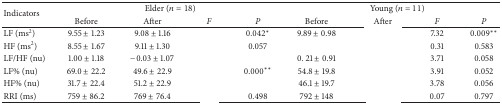
<table><thead><tr><td rowspan="2"><b>Indicators</b></td><td colspan="4"><b>Elder (<i>n</i> = 18)</b></td><td colspan="4"><b>Young (<i>n</i> = 11)</b></td></tr><tr><td><b>Before</b></td><td><b>After</b></td><td><b><i>F </i></b></td><td><b><i>P </i></b></td><td><b>Before</b></td><td><b>After</b></td><td><b><i>F </i></b></td><td><b><i>P </i></b></td></tr></thead><tbody><tr><td>LF (ms<sup>2</sup>)</td><td>9.55 ± 1.23</td><td>9.08 ± 1.16</td><td>[EMPTY_CELL]</td><td>0.042*</td><td>9.89 ± 0.98</td><td>[EMPTY_CELL]</td><td>7.32</td><td>0.009**</td></tr><tr><td>HF (ms<sup>2</sup>)</td><td>8.55 ± 1.67</td><td>9.11 ± 1.30</td><td>[EMPTY_CELL]</td><td>0.057</td><td>[EMPTY_CELL]</td><td>[EMPTY_CELL]</td><td>0.31</td><td>0.583</td></tr><tr><td>LF/HF (nu)</td><td>1.00 ± 1.18</td><td>−0.03 ± 1.07</td><td>[EMPTY_CELL]</td><td>[EMPTY_CELL]</td><td>0. 21 ± 0.91</td><td>[EMPTY_CELL]</td><td>3.71</td><td>0.058</td></tr><tr><td>LF% (nu)</td><td>69.0 ± 22.2</td><td>49.6 ± 22.9</td><td>[EMPTY_CELL]</td><td>0.000**</td><td>54.8 ± 19.8</td><td>[EMPTY_CELL]</td><td>3.91</td><td>0.052</td></tr><tr><td>HF% (nu)</td><td>31.7 ± 22.4</td><td>51.2 ± 22.9</td><td>[EMPTY_CELL]</td><td>[EMPTY_CELL]</td><td>46.1 ± 19.7</td><td>[EMPTY_CELL]</td><td>3.78</td><td>0.056</td></tr><tr><td>RRI (ms)</td><td>759 ± 86.2</td><td>769 ± 76.4</td><td>[EMPTY_CELL]</td><td>0.498</td><td>792 ± 148</td><td>[EMPTY_CELL]</td><td>0.07</td><td>0.797</td></tr></tbody></table>